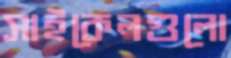
সাইকেলগুলো